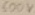
Text: 600V